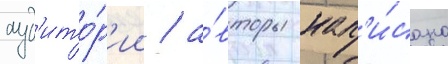
ауд'ито́р'ии / а́вторы нап'и́сана